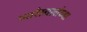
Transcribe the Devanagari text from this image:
प्यारेलालांच्या